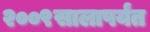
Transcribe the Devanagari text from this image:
२००९सालापर्यंत